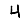
Digit: 4